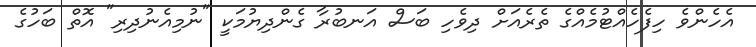
އެހެންވެ ހިފެހެއްޓުމެއްގެ ތެރެއަށް ދިވެހި ބަސް އަނބުރާ ގެންދިޔުމަކީ "ނުމިއެނުދިރި" އޮތް ބަހުގެ